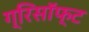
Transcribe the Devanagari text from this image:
ग्रिसॉफ्‍ट